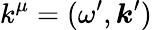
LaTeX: k^{\mu}=(\omega^{\prime},\boldsymbol{k}^{\prime})